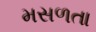
મસળતા